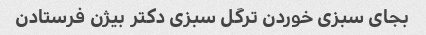
بجای سبزی خوردن ترگل سبزی دکتر بیژن فرستادن